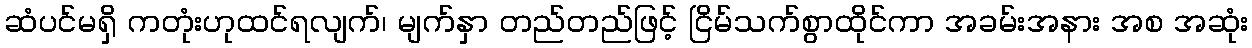
ဆံပင်မရှိ ကတုံးဟုထင်ရလျက်၊ မျက်နှာ တည်တည်ဖြင့် ငြိမ်သက်စွာထိုင်ကာ အခမ်းအနား အစ အဆုံး